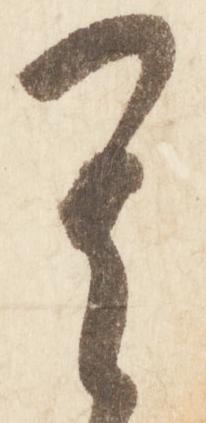
其